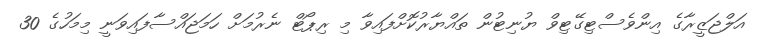
އަލްޖަޒީރާގެ އިންވެސްޓިގޭޓިވް ޔުނިޓުން ތައްޔާރުކޮށްފައިވާ މި ރިޕޯޓް ނެރުމަށް ހަމަޖައްސާފައިވަނީ މިމަހުގެ 30